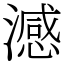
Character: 澸